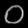
Digit: ၀